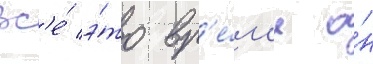
Вс'е́ э́то вр'е́м'я о́н